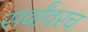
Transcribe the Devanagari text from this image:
सर्वांवरच